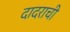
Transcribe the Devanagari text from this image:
दादराची